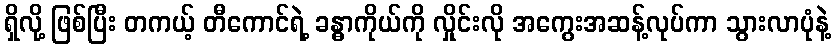
ရှိလို့ ဖြစ်ပြီး တကယ့် တီကောင်ရဲ့ ခန္ဓာကိုယ်ကို လှိုင်းလို အကွေးအဆန့်လုပ်ကာ သွားလာပုံနဲ့